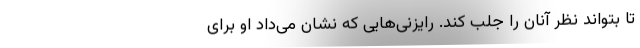
تا بتواند نظر آنان را جلب کند. رایزنی‌هایی که نشان می‌داد او برای